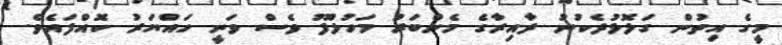
މީގެ އިތުން ގަލޮޅުދެކުނު ދާއިރާގެ މެންބަރު މަހުލޫފު ވެސް ވަނީ ހައްޔަރު ކޮއްފައެވެ.